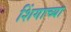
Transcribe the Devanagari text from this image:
शिंगाच्या